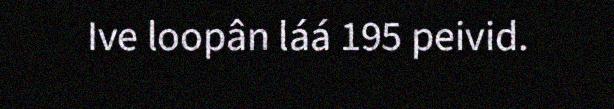
Ive loopân láá 195 peivid.